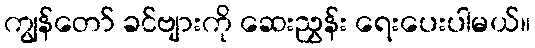
ကျွန်တော် ခင်ဗျားကို ဆေးညွှန်း ရေးပေးပါမယ်။